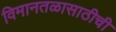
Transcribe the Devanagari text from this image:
विमानतळासाठीची